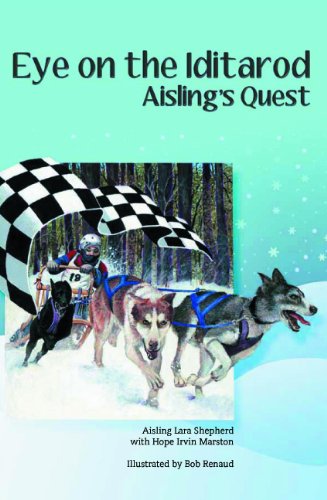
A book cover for Eye on the Iditarod: Aisling's Quest; Aisling Lara Shepherd; Sports & Outdoors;